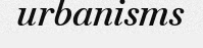
urbanisms